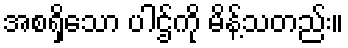
အစရှိသော ပါဌ်ကို မိန့်သတည်း။